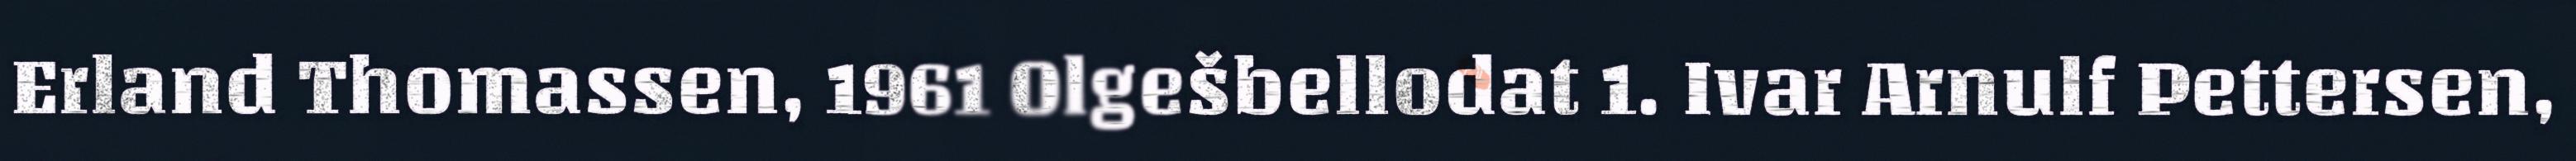
Erland Thomassen, 1961 Olgešbellodat 1. Ivar Arnulf Pettersen,